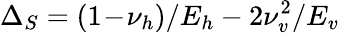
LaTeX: \Delta_{S}=(1\! -\! \nu_{h})/E_{h}-2\nu_{v}^{2}/E_{v}